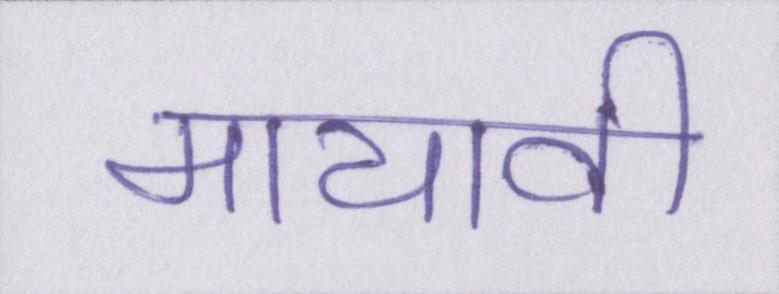
मायावी